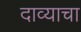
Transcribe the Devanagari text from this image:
दाव्याचा